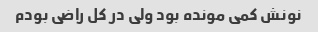
نونش کمی مونده بود ولی در کل راضی بودم